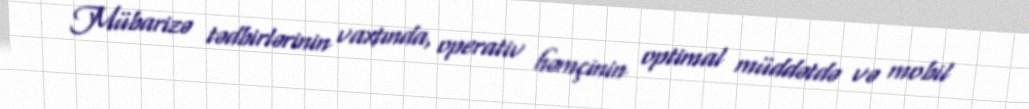
Mübarizə tədbirlərinin vaxtında, operativ həmçinin optimal müddətdə və mobil